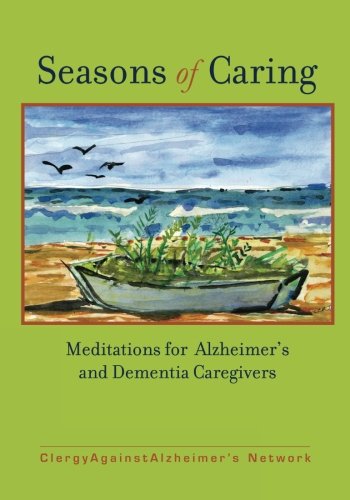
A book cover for Seasons of Caring: Meditations for Alzheimer's and Dementia Caregivers; ClergyAgainstAlzheimer's Network; Health, Fitness & Dieting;